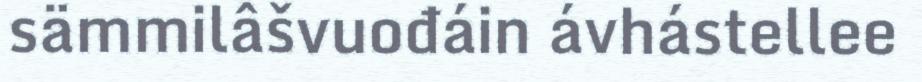
sämmilâšvuođáin ávhástellee